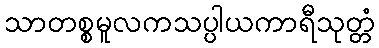
သာတစ္စမူလကသပ္ပါယကာရီသုတ္တံ